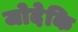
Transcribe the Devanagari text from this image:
जोदेकि